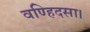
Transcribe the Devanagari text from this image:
वण्हिदसा।